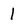
Character: 1